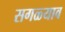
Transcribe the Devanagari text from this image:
सगळ्याव